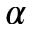
\alpha